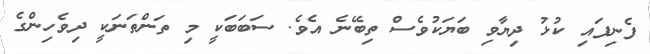
ފެނިފައި ކުޅު ދިޔާވި ބަޔަކުވެސް ތިބޭނެ އެވެ. ސަބަބަކީ މި ތަންތަނަކީ ދިވެހިންގެ